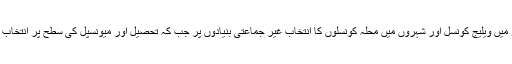
بل کے مطابق صوبہ بھر میں ویلیج کونسل اور شہروں میں محلہ کونسلوں کا انتخاب غیر جماعتی بنیادوں پر جب کہ تحصیل اور میونسپل کی سطح پر انتخاب جماعتی بنیادوں پر ہو گا۔